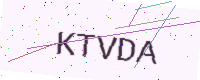
Text: KTVDA